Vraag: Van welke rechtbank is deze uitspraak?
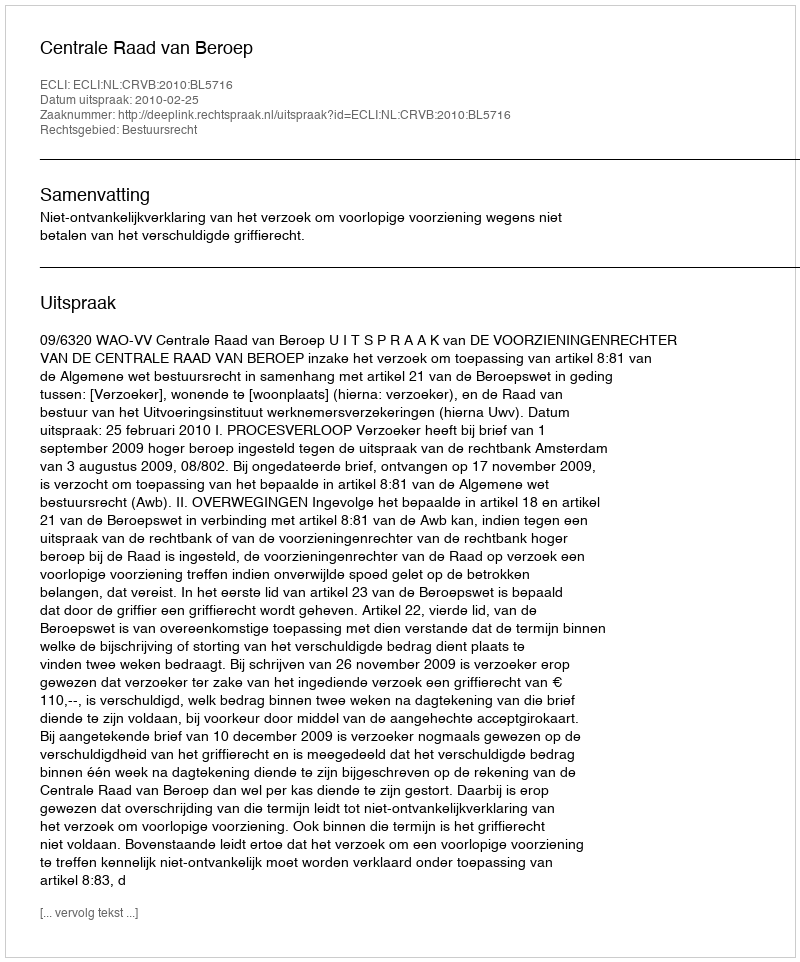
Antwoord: Centrale Raad van Beroep